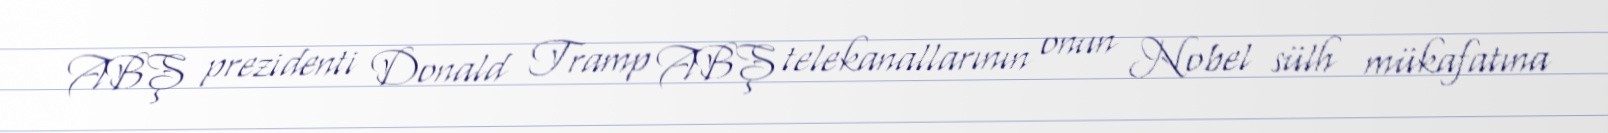
ABŞ prezidenti Donald Tramp ABŞ telekanallarının onun Nobel sülh mükafatına